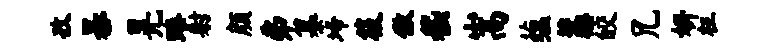
孜暴晃臻射颜弗纂埽筱傲嵇嵩蕴藁皎兄妍枉